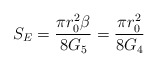
\begin{align*}S_{E} = \frac{\pi r_{0}^{2} \beta}{8 G_{5}} = \frac{\pi r_{0}^{2}}{8 G_{4}}\end{align*}